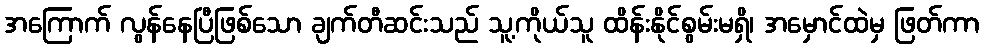
အကြောက် လွန်နေပြီဖြစ်သော ချက်တီဆင်းသည် သူ့ကိုယ်သူ ထိန်းနိုင်စွမ်းမရှိ၊ အမှောင်ထဲမှ ဖြတ်ကာ